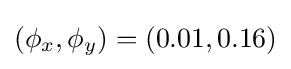
(\phi _{x},\phi _{y})=(0.01,0.16)